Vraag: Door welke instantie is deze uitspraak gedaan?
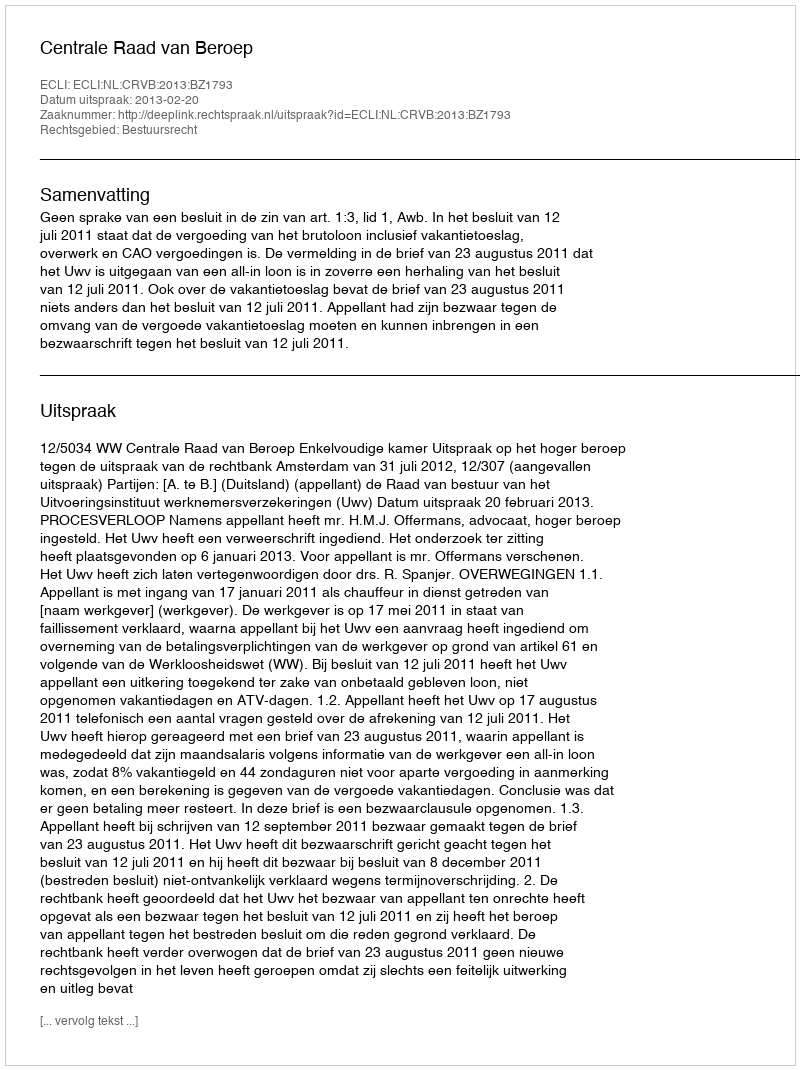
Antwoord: Centrale Raad van Beroep